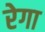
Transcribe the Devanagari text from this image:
रेगा